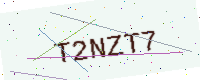
Text: T2NZT7